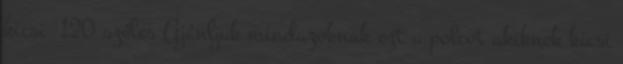
kicsi 120 széles Ajánljuk mindazoknak ezt a polcot akiknek kicsi